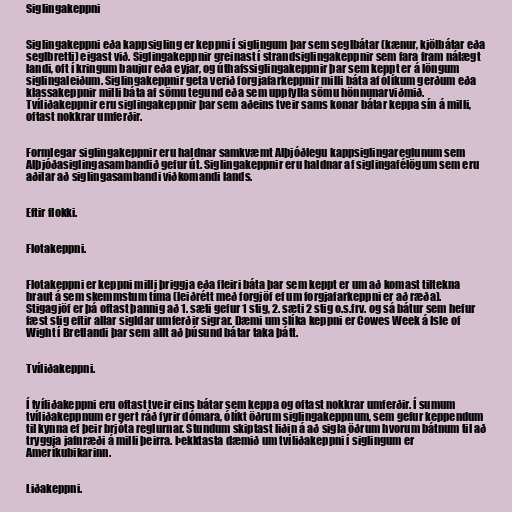
Siglingakeppni

Siglingakeppni eða kappsigling er keppni í siglingum þar sem seglbátar (kænur, kjölbátar eða
seglbretti) eigast við. Siglingakeppnir greinast í strandsiglingakeppnir sem fara fram nálægt
landi, oft í kringum baujur eða eyjar, og úthafssiglingakeppnir þar sem keppt er á löngum
siglingaleiðum. Siglingakeppnir geta verið forgjafarkeppnir milli báta af ólíkum gerðum eða
klassakeppnir milli báta af sömu tegund eða sem uppfylla sömu hönnunarviðmið.
Tvíliðakeppnir eru siglingakeppnir þar sem aðeins tveir sams konar bátar keppa sín á milli,
oftast nokkrar umferðir.

Formlegar siglingakeppnir eru haldnar samkvæmt Alþjóðlegu kappsiglingareglunum sem
Alþjóðasiglingasambandið gefur út. Siglingakeppnir eru haldnar af siglingafélögum sem eru
aðilar að siglingasambandi viðkomandi lands.

Eftir flokki.

Flotakeppni.

Flotakeppni er keppni milli þriggja eða fleiri báta þar sem keppt er um að komast tiltekna
braut á sem skemmstum tíma (leiðrétt með forgjöf ef um forgjafarkeppni er að ræða).
Stigagjöf er þá oftast þannig að 1. sæti gefur 1 stig, 2. sæti 2 stig o.s.frv. og sá bátur sem hefur
fæst stig eftir allar sigldar umferðir sigrar. Dæmi um slíka keppni er Cowes Week á Isle of
Wight í Bretlandi þar sem allt að þúsund bátar taka þátt.

Tvíliðakeppni.

Í tvíliðakeppni eru oftast tveir eins bátar sem keppa og oftast nokkrar umferðir. Í sumum
tvíliðakeppnum er gert ráð fyrir dómara, ólíkt öðrum siglingakeppnum, sem gefur keppendum
til kynna ef þeir brjóta reglurnar. Stundum skiptast liðin á að sigla öðrum hvorum bátnum til að
tryggja jafnræði á milli þeirra. Þekktasta dæmið um tvíliðakeppni í siglingum er
Ameríkubikarinn.

Liðakeppni.